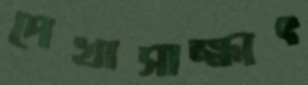
দেখাসাক্ষাৎ